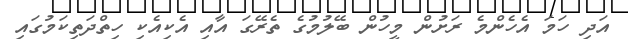
އަދި ހަމަ އެހެންމެ ރަށުން މީހުން ބޭލުމުގެ ތެރޭގަ އާއި އެކިއެކި ހިތްދަތިކަމުގައި